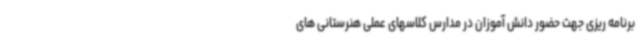
برنامه ریزی جهت حضور دانش آموزان در مدارس کلاسهای عملی هنرستانی های